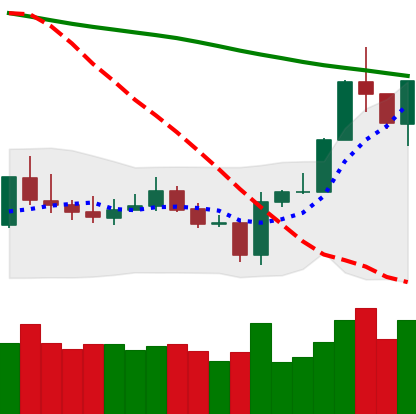
Ticker: BTC-USD
Chart end date: 2020-01-10
Forward return: 7.842%
Label: up_7plus